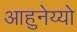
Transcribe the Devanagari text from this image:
आहुनेय्यो